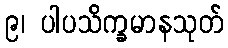
၉၊ ပါပသိက္ခမာနသုတ်